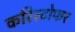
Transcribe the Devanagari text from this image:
करिस्टोफर